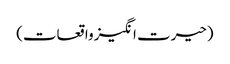
(حیرت انگیز واقعات)